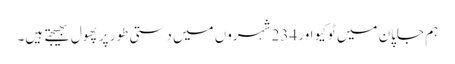
ہم جاپان میں ٹوکیو اور 234 شہروں میں دستی طور پر پھول بھیجتے ہیں۔